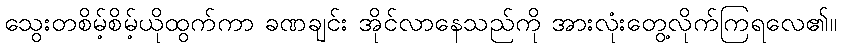
သွေးတစိမ့်စိမ့်ယိုထွက်ကာ ခဏချင်း အိုင်လာနေသည်ကို အားလုံးတွေ့လိုက်ကြရလေ၏။